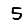
Digit: 5